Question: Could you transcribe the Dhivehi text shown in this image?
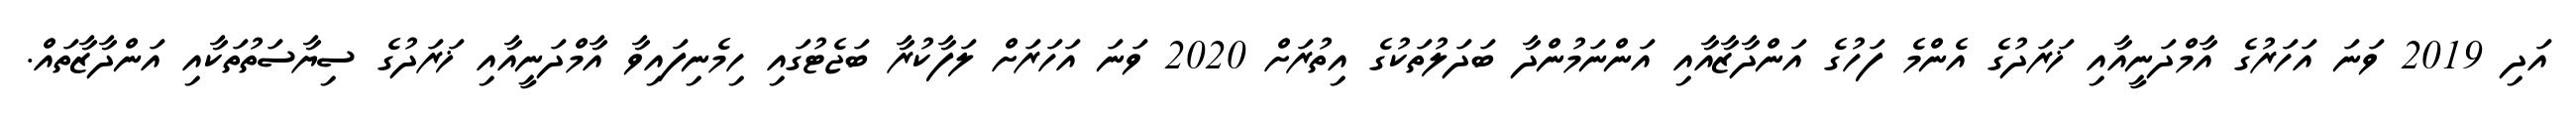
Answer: އަދި 2019 ވަނަ އަހަރުގެ އާމްދަނީއާއި ޚަރަދުގެ އެންމެ ފަހުގެ އަންދާޒާއާއި އަންނަމުންދާ ބަދަލުތަކުގެ އިތުރަށް 2020 ވަނަ އަހަރަށް ލަފާކުރާ ބަޖެޓުގައި ހިމެނިފައިވާ އާމްދަނީއާއި ޚަރަދުގެ ސިޔާސަތުތަކާއި އަންދާޒާތައް.